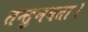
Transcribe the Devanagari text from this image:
तन्तुमयता।